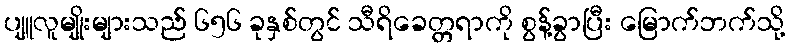
ပျူလူမျိုးများသည် ၆၅၆ ခုနှစ်တွင် သီရိခေတ္တရာကို စွန့်ခွာပြီး မြောက်ဘက်သို့